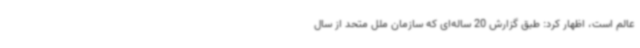
عالم است، اظهار کرد: طبق گزارش 20 ساله‌ای که سازمان ملل متحد از سال